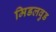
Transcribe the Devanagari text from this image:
मिडलवुड